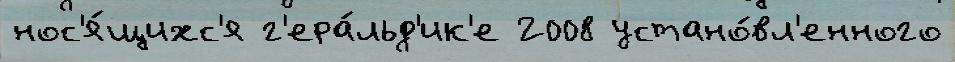
нос'я́щихс'я г'ера́льд'ик'е 2008 устано́вл'енного